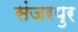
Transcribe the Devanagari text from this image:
संजरपुर